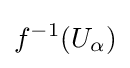
f^{-1}(U_{\alpha })